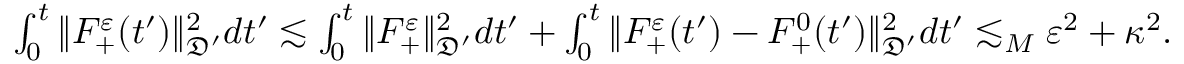
\begin{array} { r } { \int _ { 0 } ^ { t } \| F _ { + } ^ { \varepsilon } ( t ^ { \prime } ) \| _ { \mathfrak D ^ { \prime } } ^ { 2 } d t ^ { \prime } \lesssim \int _ { 0 } ^ { t } \| F _ { + } ^ { \varepsilon } \| _ { \mathfrak D ^ { \prime } } ^ { 2 } d t ^ { \prime } + \int _ { 0 } ^ { t } \| F _ { + } ^ { \varepsilon } ( t ^ { \prime } ) - F _ { + } ^ { 0 } ( t ^ { \prime } ) \| _ { \mathfrak D ^ { \prime } } ^ { 2 } d t ^ { \prime } \lesssim _ { M } \varepsilon ^ { 2 } + \kappa ^ { 2 } . } \end{array}